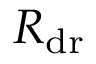
R _ { \mathrm { d r } }